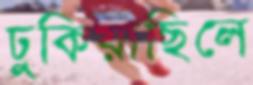
ঢুকিয়াছিলে